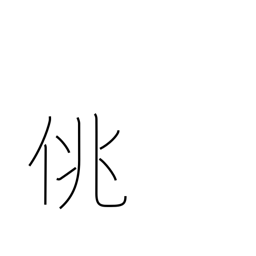
Meaning: frivolity